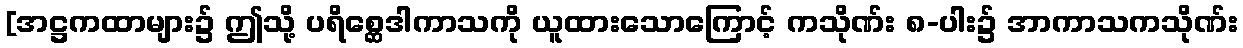
[အဋ္ဌကထာများ၌ ဤသို့ ပရိစ္ဆေဒါကာသကို ယူထားသောကြောင့် ကသိုဏ်း ၈-ပါး၌ အာကာသကသိုဏ်း